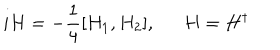
i H = - \frac { 1 } { 4 } [ H _ { 1 } , H _ { 2 } ] , H = H ^ { \dagger }